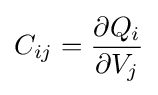
C_{ij}={\frac {\partial Q_{i}}{\partial V_{j}}}